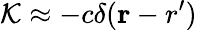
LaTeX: {\cal K}\approx-c\delta({\mathbf r-r^{\prime}})